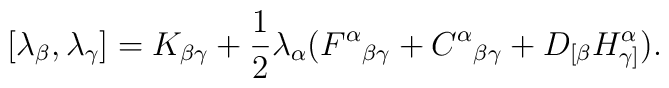
[\lambda_\beta, \lambda_\gamma] = K_{\beta\gamma}+ \frac 12 \lambda_\alpha (F^\alpha{}_{\beta \gamma} +C^\alpha{}_{\beta \gamma} + D_{[\beta} H^\alpha_{\gamma]}).